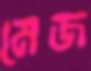
মেজ